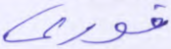
فوري